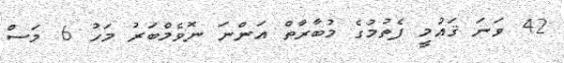
42 ވަނަ ޤައުމީ ފެތުމުގެ މުބާރާތް އަންނަ ނޮވެމްބަރު މަހު 6 މަސް